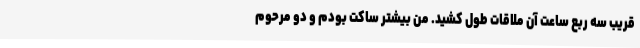
قریب سه ربع ساعت آن ملاقات طول کشید. من بیشتر ساکت بودم و دو مرحوم